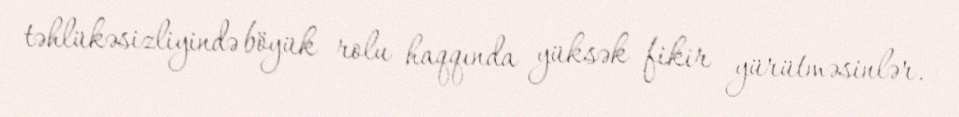
təhlükəsizliyində böyük rolu haqqında yüksək fikir yürütməsinlər.